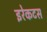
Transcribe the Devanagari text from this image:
इरेकटस